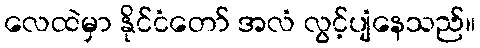
လေထဲမှာ နိုင်ငံတော် အလံ လွင့်ပျံနေသည်။